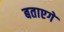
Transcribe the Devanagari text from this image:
बताएगें